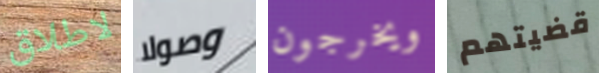
لاطلاق وصولا ويخرجون قضيتهم